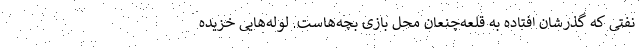
نفتی که گذرشان افتاده به قلعه‌چنعان محل بازی بچه‌هاست. لوله‌هایی خزیده